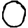
Digit: 0